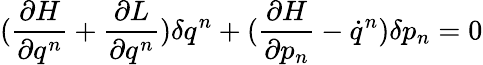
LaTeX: (\frac{\partial H}{\partial q^{n}}+\frac{\partial L}{\partial q^{n}})\delta q^{n}+(\frac{\partial H}{\partial p_{n}}-\dot{q}^{n})\delta p_{n}=0